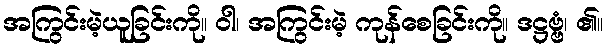
အကြွင်းမဲ့ယူခြင်းကို။ ဝါ၊ အကြွင်းမဲ့ ကုန်စေခြင်းကို။ ဒဋ္ဌဗ္ဗံ၊ ၏။